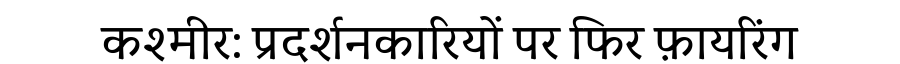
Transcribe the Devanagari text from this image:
कश्मीर: प्रदर्शनकारियों पर फिर फ़ायरिंग